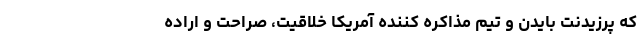
که پرزیدنت بایدن و تیم مذاکره کننده آمریکا خلاقیت، صراحت و اراده